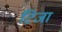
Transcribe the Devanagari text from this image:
टिजा